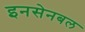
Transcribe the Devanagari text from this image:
इनसेनबल